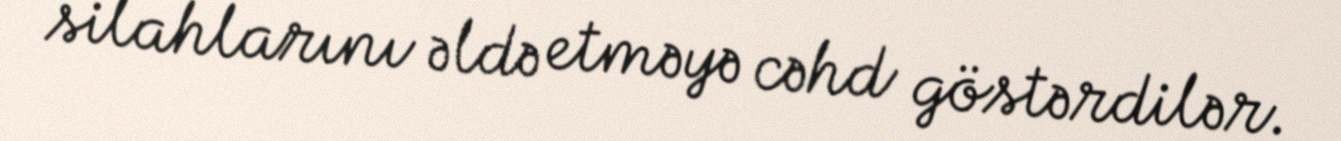
silahlarını əldə etməyə cəhd göstərdilər.